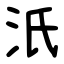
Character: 汦